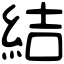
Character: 結